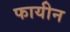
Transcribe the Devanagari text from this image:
फायीन